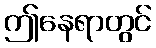
ဤနေရာတွင်